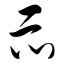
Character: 示